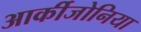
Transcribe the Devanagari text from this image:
आर्कीजोनिया